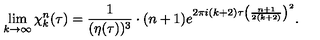
\lim _ { k \rightarrow \infty } \chi _ { k } ^ { n } ( \tau ) = { \frac { 1 } { ( \eta ( \tau ) ) ^ { 3 } } } \cdot ( n + 1 ) e ^ { 2 \pi i ( k + 2 ) \tau \left( { \frac { n + 1 } { 2 ( k + 2 ) } } \right) ^ { 2 } } .